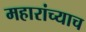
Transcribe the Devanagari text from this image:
महारांच्याच